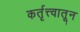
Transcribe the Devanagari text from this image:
कर्तृत्त्वातून